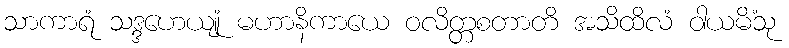
သာကာရံ သဒ္ဒဟေယျုံ မဟာနိကာယေ ဝလိတ္တစတာတိ အသိထိလံ ဝါယမိံသု